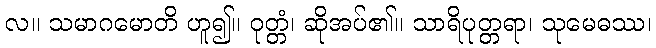
လ။ သမာဂမောတိ ဟူ၍။ ဝုတ္တံ၊ ဆိုအပ်၏။ သာရိပုတ္တရာ၊ သုမေဓဿ၊